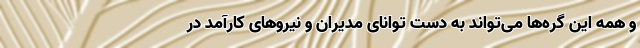
و همه این گره‌ها می‌تواند به دست توانای مدیران و نیروهای کارآمد در